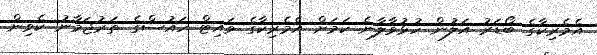
އެމެރިކާގެ ބޯޑަރު އަލުން ހުޅުވާލާނެ ކަމަށް އެމެރިކާގެ ވައިޓް ހައުސްގެ ތަރުޖަމާނު ކެވިން